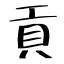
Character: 貢